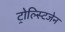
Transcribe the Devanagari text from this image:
ट्रोल्स्टिजेन